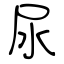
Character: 尿